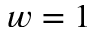
w = 1